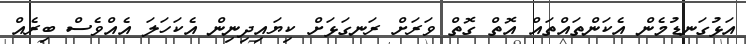
އަޅުގަނޑުމެން އެކަންތައްތައް އޮތް ގޮތް ވަރަށް ރަނގަޅަށް ކިޔައިދިނިން އެކަހަލަ އެއްވެސް ބިރެއް